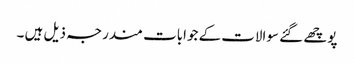
پوچھے گئے سوالات کے جوابات مندرجہ ذیل ہیں ۔